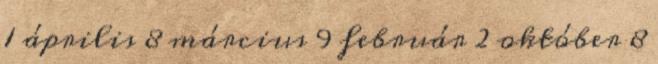
1 április 8 március 9 február 2 október 8